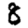
Digit: 8